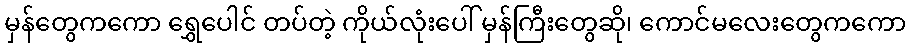
မှန်တွေကကော ရွှေပေါင် တပ်တဲ့ ကိုယ်လုံးပေါ် မှန်ကြီးတွေဆို၊ ကောင်မလေးတွေကကော